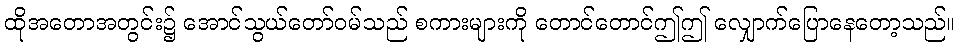
ထိုအတောအတွင်း၌ အောင်သွယ်တော်ဝမ်သည် စကားများကို တောင်တောင်ဤဤ လျှောက်ပြောနေတော့သည်။